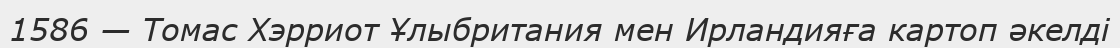
1586 — Томас Хэрриот Ұлыбритания мен Ирландияға картоп әкелді